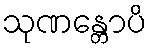
သုဏန္တောပိ